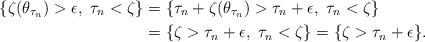
LaTeX: \begin{align*}\{\zeta (\theta _{\tau _n})>\epsilon ,\ \tau_n<\zeta \}&=\{\tau_n+\zeta (\theta _{\tau _n})>\tau_n+\epsilon ,\ \tau_n<\zeta \}\\&=\{\zeta>\tau_n+\epsilon ,\ \tau_n<\zeta \}=\{\zeta>\tau_n+\epsilon \}.\end{align*}